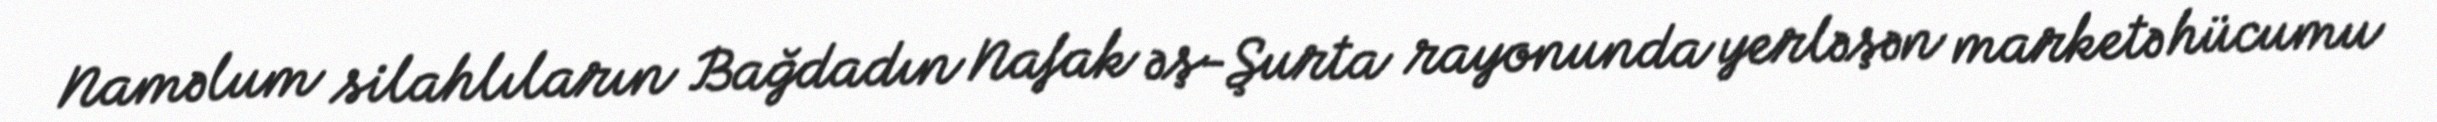
Naməlum silahlıların Bağdadın Nafak əş-Şurta rayonunda yerləşən marketə hücumu